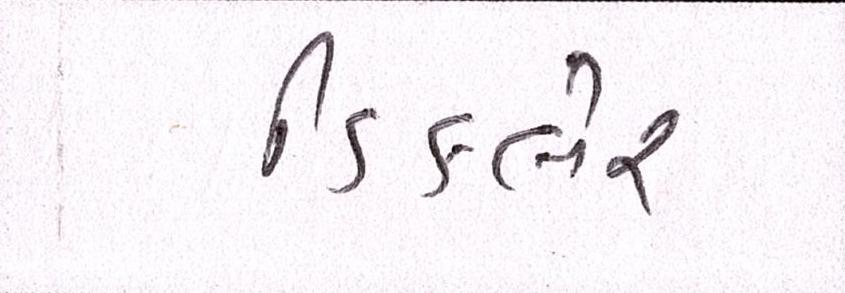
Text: ડિકલેર